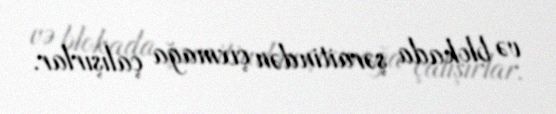
və blokada şəraitindən çıxmağa çalışırlar.